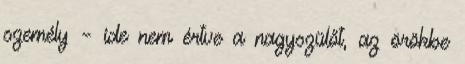
személy – ide nem értve a nagyszülőt, az örökbe